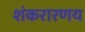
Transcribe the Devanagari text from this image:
शंकरारणय